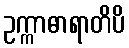
ဥက္ကာဓာရာတိပိ